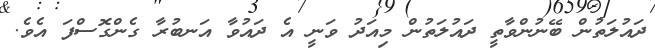
ދައުލަތުން ބޭނުންވާތީ ދައުލަތުން މިއަދު ވަނީ އެ ދައުވާ އަނބުރާ ގެންގޮސްފަ އެވެ.